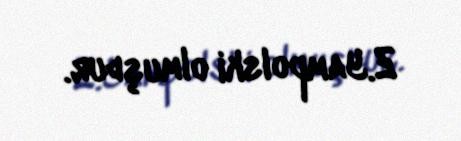
Z.Yampolski olmuşdur.